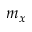
m _ { x }